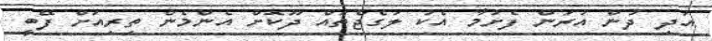
އަދި ދުން އަރަން ފެށުމާ އެކު ލަގެޖްތައް ދޫކޮށް އެންމެން ތިރިއަށް ފޭބީ